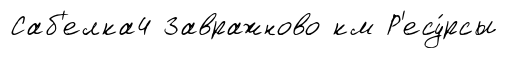
Саб'елка4 Завражново км Р'есу́рсы